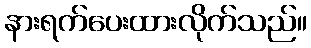
နားရက်ပေးထားလိုက်သည်။